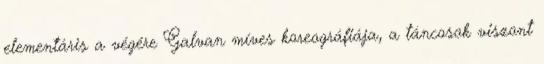
elementáris a végére Galvan míves koreográfiája, a táncosok viszont